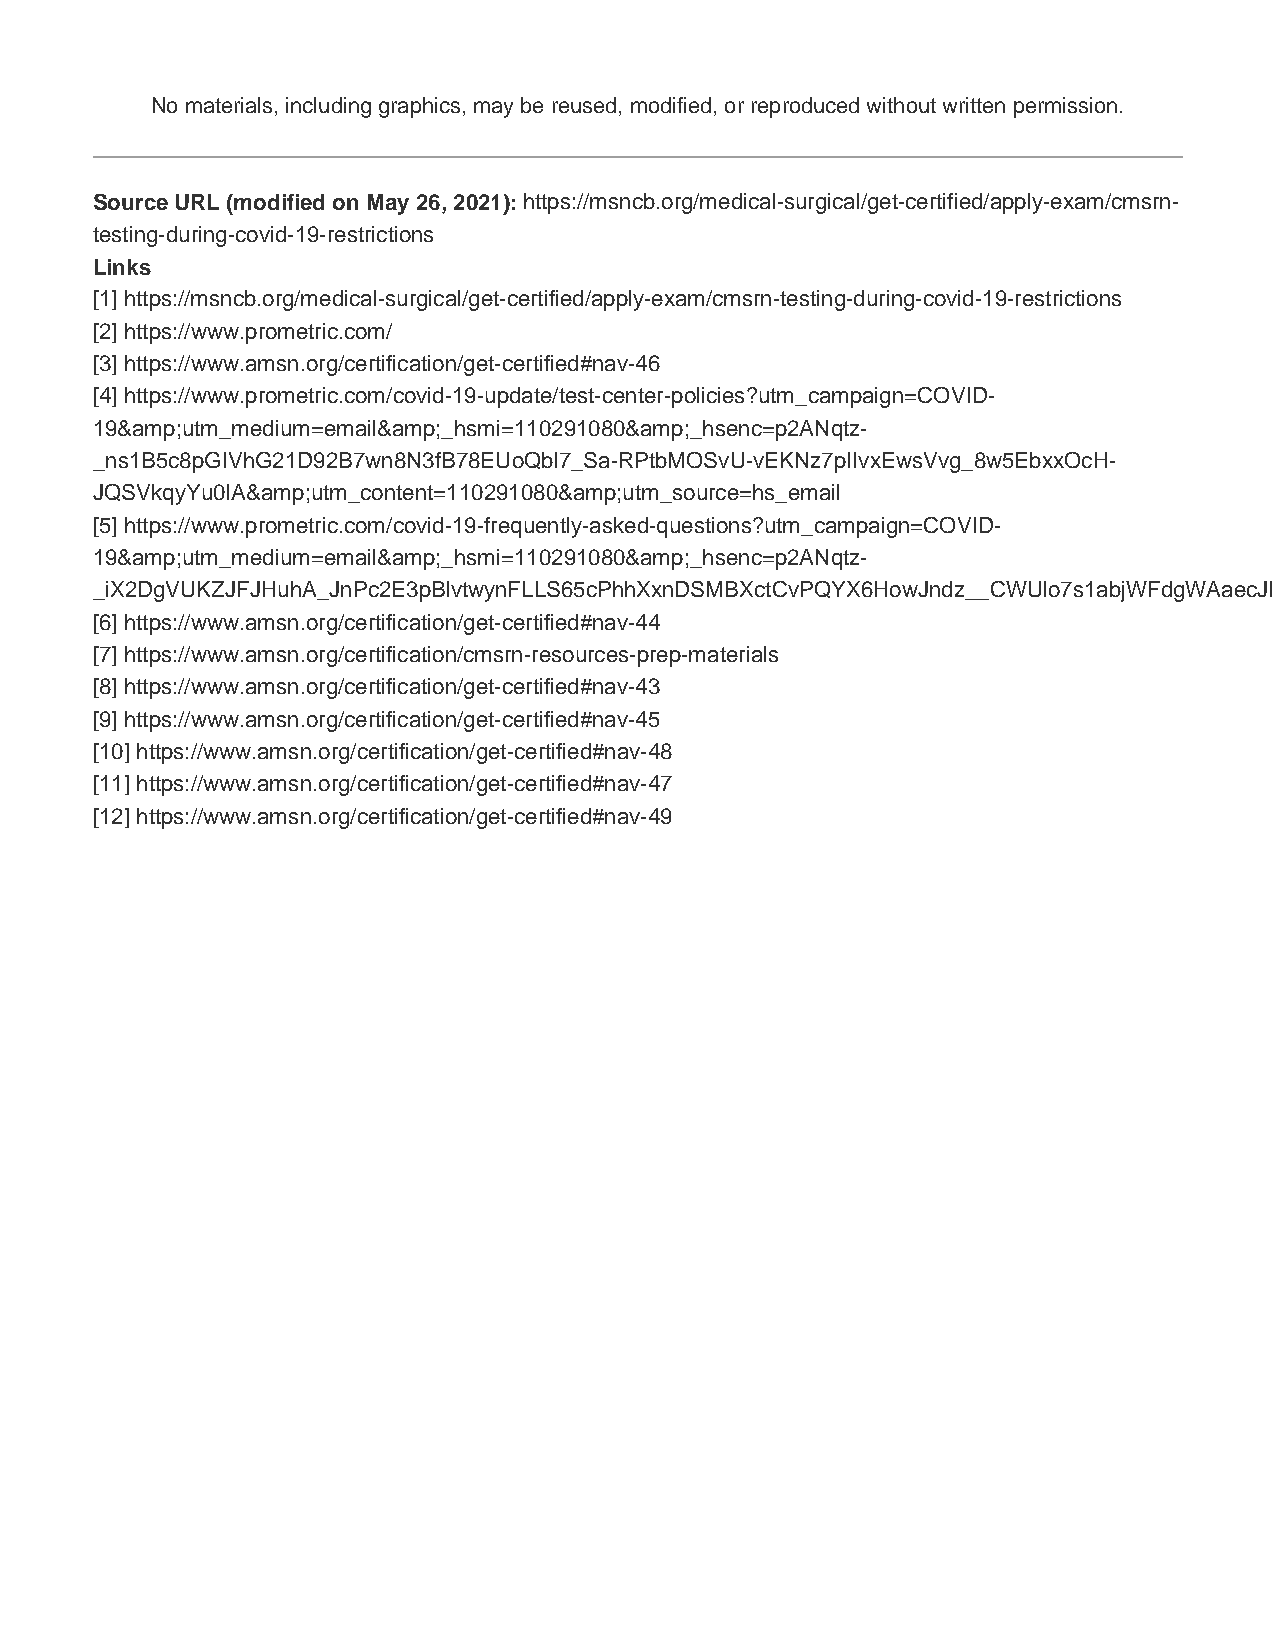
No materials, including graphics, may be reused, modified, or reproduced without written permission.
 Source URL (modified on May 26, 2021): https://msncb.org/medical-surgical/get-certified/apply-exam/cmsrn-
 testing-during-covid-19-restrictions
 Links
 [1] https://msncb.org/medical-surgical/get-certified/apply-exam/cmsrn-testing-during-covid-19-restrictions
 [2] https://www.prometric.com/
 [3] https://www.amsn.org/certification/get-certified#nav-46
 [4] https://www.prometric.com/covid-19-update/test-center-policies?utm_campaign=COVID-
 19&amp;utm_medium=email&amp;_hsmi=110291080&amp;_hsenc=p2ANqtz-
 _ns1B5c8pGIVhG21D92B7wn8N3fB78EUoQbl7_Sa-RPtbMOSvU-vEKNz7pIIvxEwsVvg_8w5EbxxOcH-
 JQSVkqyYu0IA&amp;utm_content=110291080&amp;utm_source=hs_email
 [5] https://www.prometric.com/covid-19-frequently-asked-questions?utm_campaign=COVID-
 19&amp;utm_medium=email&amp;_hsmi=110291080&amp;_hsenc=p2ANqtz-
 _iX2DgVUKZJFJHuhA_JnPc2E3pBlvtwynFLLS65cPhhXxnDSMBXctCvPQYX6HowJndz__CWUlo7s1abjWFdgWAaecJIg&amp;utm_content=110291080&amp;utm_source=hs_email
 [6] https://www.amsn.org/certification/get-certified#nav-44
 [7] https://www.amsn.org/certification/cmsrn-resources-prep-materials
 [8] https://www.amsn.org/certification/get-certified#nav-43
 [9] https://www.amsn.org/certification/get-certified#nav-45
 [10] https://www.amsn.org/certification/get-certified#nav-48
 [11] https://www.amsn.org/certification/get-certified#nav-47
 [12] https://www.amsn.org/certification/get-certified#nav-49